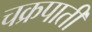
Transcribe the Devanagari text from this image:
चक्रपाती